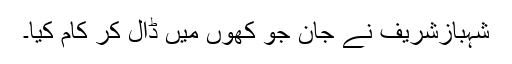
شہبازشریف نے جان جو کھوں میں ڈال کر کام کیا۔